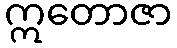
ဣတောဇာ